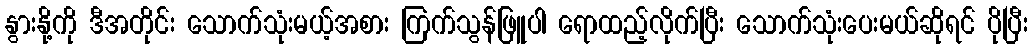
နွားနို့ကို ဒီအတိုင်း သောက်သုံးမယ့်အစား ကြက်သွန်ဖြူပါ ရောထည့်လိုက်ပြီး သောက်သုံးပေးမယ်ဆိုရင် ပိုပြီး